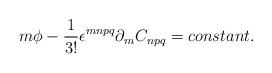
LaTeX: \begin{align*}m\phi - \frac{1}{3!}\epsilon^{mnpq}\partial_{m}C_{npq} = constant.\end{align*}